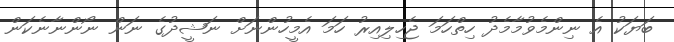
ބަޔަކު އެ ނިންމެވުމާމެދު ހިތްހަމަ ޖެހިލިއިރު ހަމަ އެމީހުންނަށް ނަޝީދުގެ ނަން ނޯންނާނެކަން